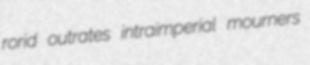
rorid outrates intraimperial mourners